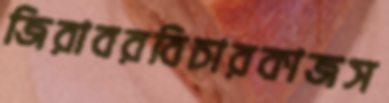
জিরাবরবিচারকাজস